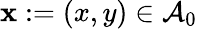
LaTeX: \mathbf{x}:=(x,y)\in\mathcal{A}_{0}